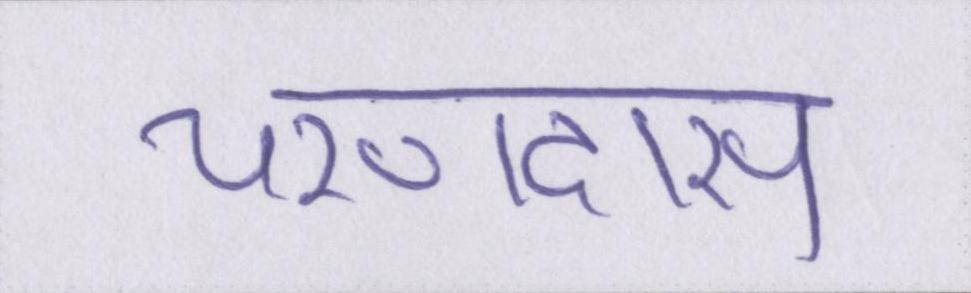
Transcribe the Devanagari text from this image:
चरणदास